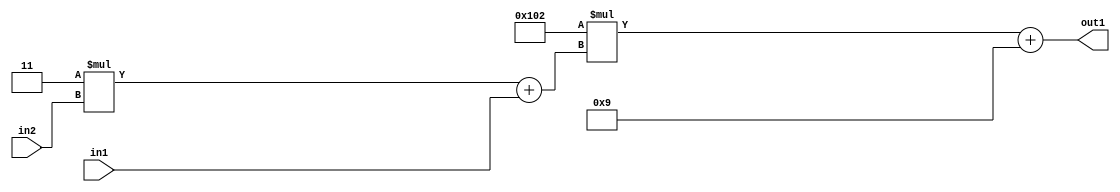
`timescale 1ps / 1ps
/*****************************************************************************
    Verilog RTL Description
    
    
    Created by: Stratus DpOpt 2019.1.01 
*******************************************************************************/

module DC_Filter_Add2i9Mul2i258Add2u1Mul2i3u2_4 (
	in2,
	in1,
	out1
	); /* architecture "behavioural" */ 
input [1:0] in2;
input  in1;
output [11:0] out1;
wire [11:0] asc001;
wire [3:0] asc002;

wire [3:0] asc002_tmp_0;
assign asc002_tmp_0 = 
	+(4'B0011 * in2);
assign asc002 = asc002_tmp_0
	+(in1);

wire [11:0] asc001_tmp_1;
assign asc001_tmp_1 = 
	+(12'B000100000010 * asc002);
assign asc001 = asc001_tmp_1
	+(12'B000000001001);

assign out1 = asc001;
endmodule

/* CADENCE  v7b1Qg8= : u9/ySgnWtBlWxVPRXgAZ4Og= ** DO NOT EDIT THIS LINE ******/